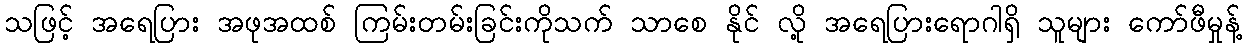
သဖြင့် အရေပြား အဖုအထစ် ကြမ်းတမ်းခြင်းကိုသက် သာစေ နိုင် လို့ အရေပြားရောဂါရှိ သူများ ကော်ဖီမှုန့်